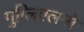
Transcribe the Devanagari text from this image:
गुग्लिएलमो